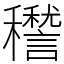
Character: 䆌